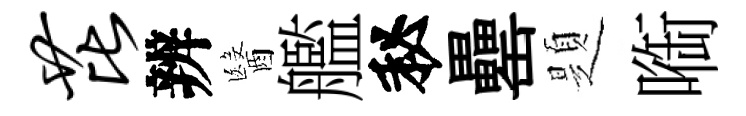
芘辨醫艦秘罍題㗸